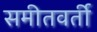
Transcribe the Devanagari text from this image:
समीतवर्ती